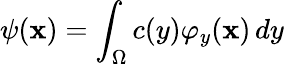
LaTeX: \psi(\mathbf{x})=\int_{\Omega}c(y)\varphi_{y}(\mathbf{x})\, dy